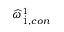
{ \widehat { \omega } } _ { \dot { 1 } , c o n } ^ { 1 }